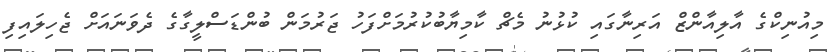
މިއުނިކްގެ އާލިއާންޒް އަރިނާގައި ކުޅުނު މެޗް ކާމިޔާބުކުރުމަށްފަހު ޖަރުމަން ބުންޑަސްލީގާގެ ދެވަނައަށް ޖެހިލައިފި